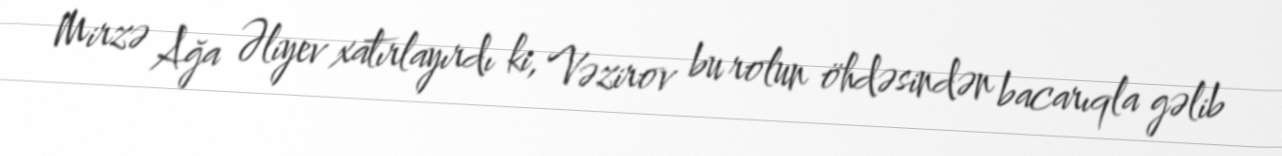
Mirzə Ağa Əliyev xatırlayırdı ki, Vəzirov bu rolun öhdəsindən bacarıqla gəlib